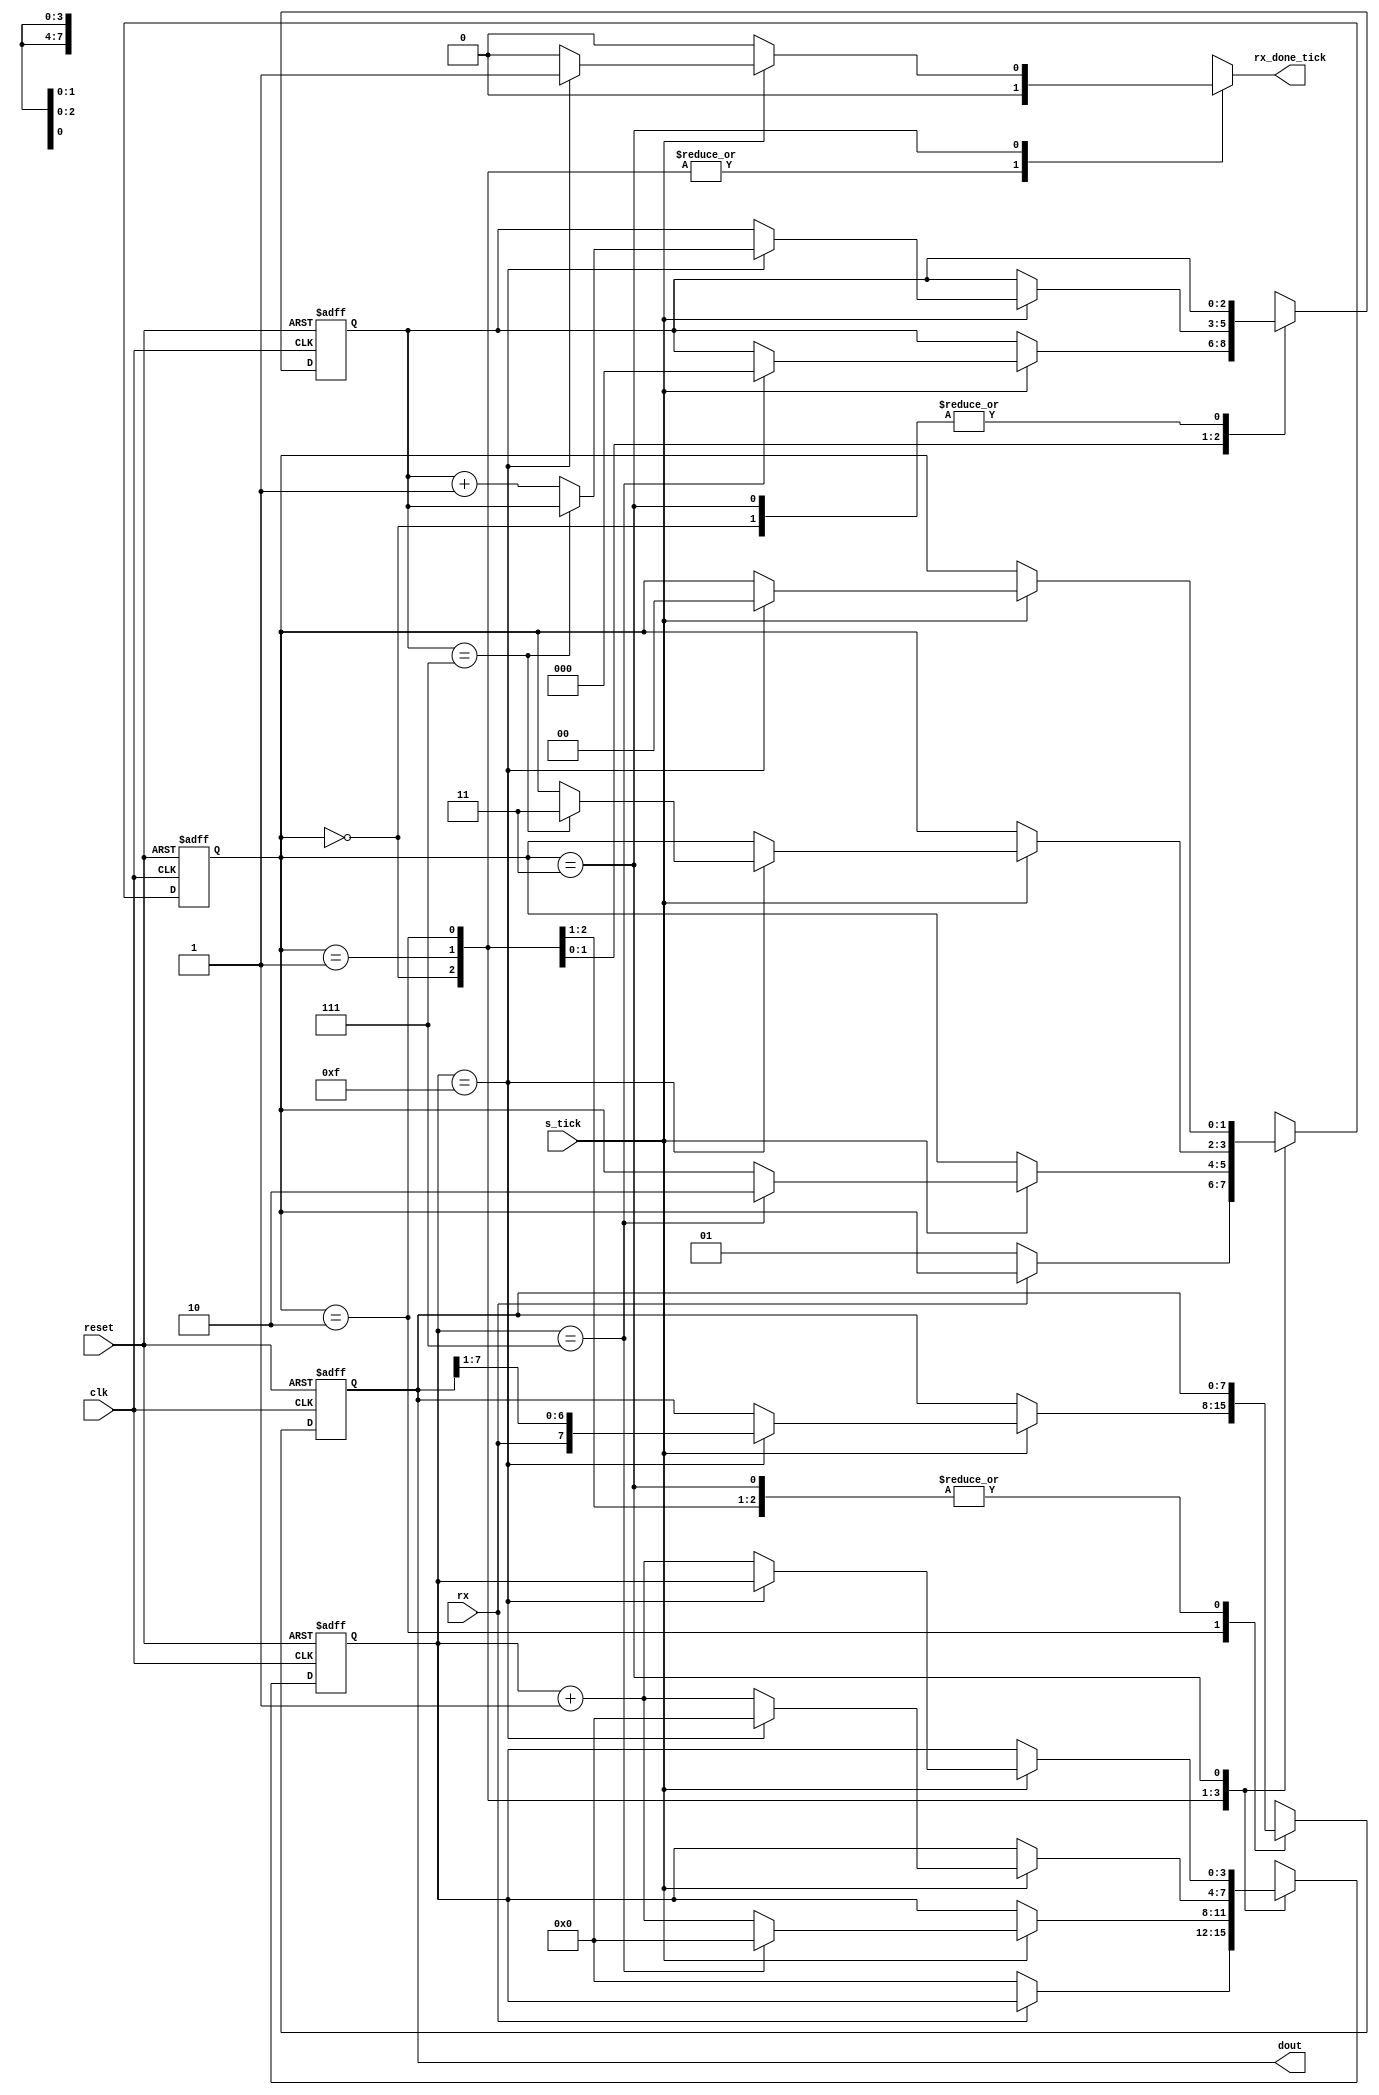
module rx_4
	#(
		parameter 	DBIT = 8 , 
						SB_TICK = 16 
	)
	(
		input wire clk, reset, 
		input wire rx, s_tick,      
		output reg rx_done_tick,    
		output wire [DBIT-1:0] dout      
	);
	localparam [1:0]
		idle = 2'b00,
		start = 2'b01,
		data = 2'b10,
		stop = 2'b11;
		reg [1:0] state_reg, state_next; 
		reg [3:0] s_reg, s_next;   
		reg [2:0] n_reg, n_next;	
		reg [DBIT-1:0] b_reg, b_next;	
	always @(posedge clk, posedge reset)
		if (reset)						
			begin
				state_reg <= idle;
				s_reg <= 0;
				n_reg <= 0;
				b_reg <= 8'b10101010;
			end
		else
			begin
				state_reg <= state_next;
				s_reg <= s_next;
				n_reg <= n_next;
				b_reg <= b_next;
			end
	always @*
	begin
		state_next = state_reg; 
		rx_done_tick = 1'b0;
		s_next = s_reg;
		n_next = n_reg;
		b_next = b_reg;
		case (state_reg)
			idle:          
				if (~rx)		
					begin
						state_next = start;	
						s_next = 0;				
					end
			start:							
				if (s_tick)						
					if (s_reg==7)				
						begin
							state_next = data;	
							s_next = 0;				
							n_next = 0;				
						end
					else							
						s_next = s_reg + 4'b0001;
			data:								
				if (s_tick)					
					if (s_reg==15)			
						begin
							s_next = 0;		
							b_next = {rx, b_reg[DBIT-1:1]};		
							if (n_reg==(DBIT-1))				
								state_next = stop;				
							else									
								n_next = n_reg + 3'b001;			
						end
					else						
						s_next = s_reg + 4'b0001;	
			stop:							
				if (s_tick)					
					if (s_reg==(SB_TICK-1))	
						begin
							state_next = idle;	
							rx_done_tick = 1'b1;	
						end
					else							
						s_next = s_reg + 4'b0001;		
		endcase
	end
	assign dout = b_reg;		
endmodule